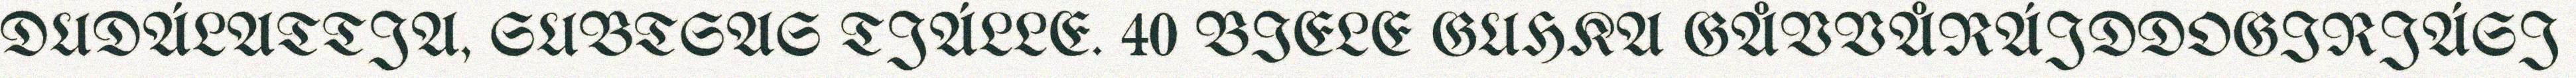
DUDÁLATTJA, SUBTSAS TJÁLLE. 40 BIELE GUHKA GÅVVÅRÁJDDOGIRJÁSJ